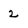
Character: 2